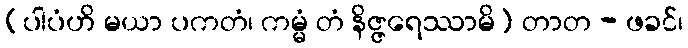
(ပါပံဟိ မယာ ပကတံ၊ ကမ္မံ တံ နိဇ္ဇရေဿာမိ) တာတ - ဖခင်၊